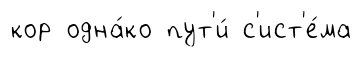
кор одна́ко пут'и́ с'ист'е́ма